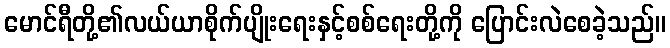
မောင်ရီတို့၏လယ်ယာစိုက်ပျိုးရေးနှင့်စစ်ရေးတို့ကို ပြောင်းလဲစေခဲ့သည်။